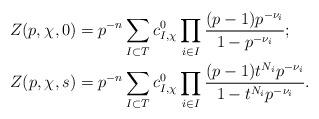
LaTeX: \begin{align*}Z(p,\chi_{},0)&=p^{-n}\sum_{I\subset T}c_{I,\chi_{}}^{0}\prod_{i\in I}\frac{(p-1)p^{-\nu_{i}}}{1-p^{-\nu_{i}}};\\Z(p,\chi_{},s)&=p^{-n}\sum_{I\subset T}c_{I,\chi_{}}^{0}\prod_{i\in I}\frac{(p-1)t^{N_{i}}p^{-\nu_{i}}}{1-t^{N_{i}}p^{-\nu_{i}}}. \end{align*}